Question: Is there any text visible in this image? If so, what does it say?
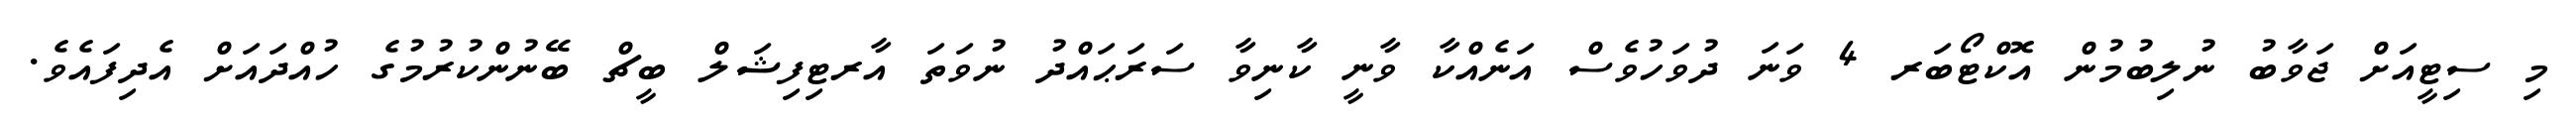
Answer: މި ސިޓީއަށް ޖަވާބު ނުލިބުމުން އޮކްޓޯބަރ 4 ވަނަ ދުވަހުވެސް އަނެއްކާ ވާނީ ކާނިވާ ސަރަޙައްދު ނުވަތަ އާރޓިފިޝަލް ބީޗް ބޭނުންކުރުމުގެ ހުއްދައަށް އެދިފައެވެ.